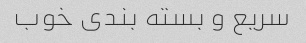
سریع و بسته بندی خوب